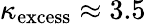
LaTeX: \kappa_{\mathrm{excess}}\approx 3.5